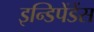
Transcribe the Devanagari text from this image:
इन्डिपेंडेंस